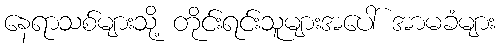
နေရာသစ်များသို့ တိုင်းရင်းသူများအပေါ် အာမခံများ